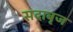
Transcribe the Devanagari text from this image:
सदाबृज